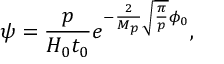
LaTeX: \psi = \frac { p } { H _ { 0 } t _ { 0 } } e ^ { - \frac { 2 } { M _ { p } } \sqrt { \frac { \pi } { p } } \phi _ { 0 } } ,